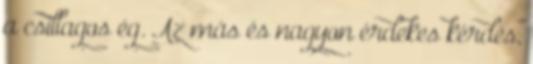
a csillagos ég. Az más és nagyon érdekes kérdés,